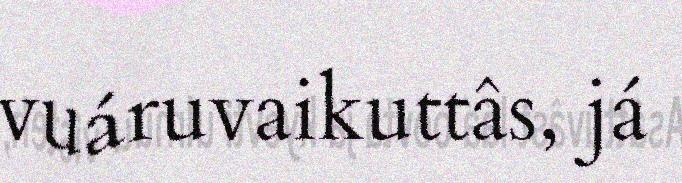
vuáruvaikuttâs, já